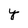
Character: y